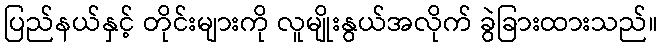
ပြည်နယ်နှင့် တိုင်းများကို လူမျိုးနွယ်အလိုက် ခွဲခြားထားသည်။